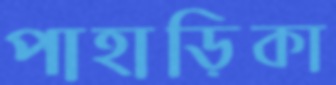
পাহাড়িকা